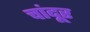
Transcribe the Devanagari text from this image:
चांदूर